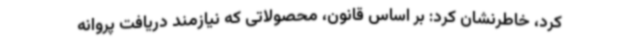
کرد، خاطرنشان کرد: بر اساس‌ قانون، محصولاتی ‌که ‌نیازمند دریافت پروانه